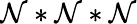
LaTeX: \mathcal{N}*\mathcal{N}*\mathcal{N}